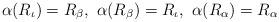
LaTeX: \begin{align*} \alpha(R_{\iota})=R_\beta,\ \alpha(R_{\beta})=R_{\iota},\ \alpha(R_{\alpha})=R_\alpha \end{align*}